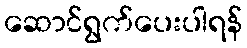
ဆောင်ရွက်ပေးပါရန်